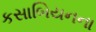
કસાબિયનના